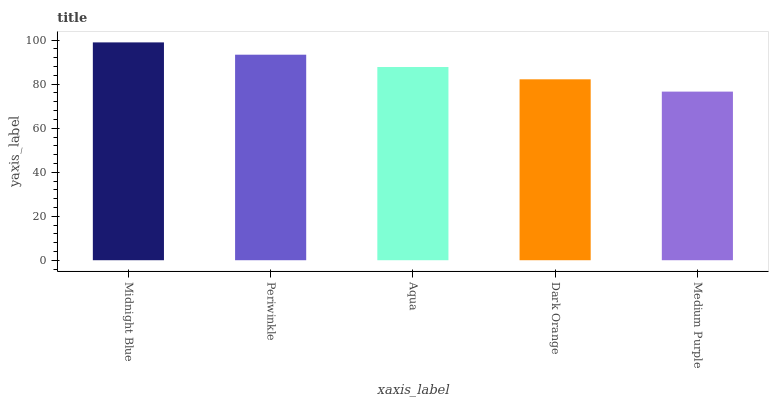
| xaxis_label | bars |
 | --- | --- |
 | Midnight Blue | 99 |
 | Periwinkle | 93.4 |
 | Aqua | 87.8 |
 | Dark Orange | 82.2 |
 | Medium Purple | 76.6 |